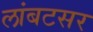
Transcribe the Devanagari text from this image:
लांबटसर